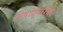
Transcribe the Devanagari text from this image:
विषाणूबरोबर